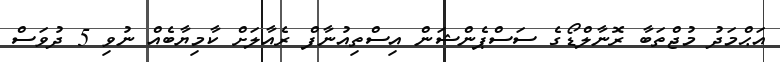
އަޙްމަދު މުޖްތަބާ ރޮނާލްޑޯގެ ސަސްޕެންޝަން އިސްތިއުނާފް ރެއާލަށް ކާމިޔާބެއް ނުވި 5 ދުވަސް